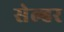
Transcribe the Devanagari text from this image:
सेल्हर